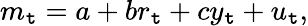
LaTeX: m_{\mathtt{t}}=a+br_{\mathtt{t}}+cy_{\mathtt{t}}+u_{\mathtt{t}},